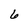
Character: 6